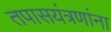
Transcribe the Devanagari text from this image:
तपासयंत्रणांना